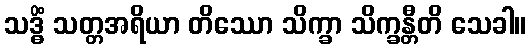
သဒ္ဓိံ သတ္တအရိယာ တိဿော သိက္ခာ သိက္ခန္တီတိ သေခါ။